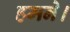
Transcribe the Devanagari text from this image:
हमने।